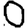
Digit: 0